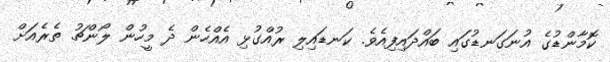
ކޮމާންޑުގެ އުނަގަނޑުގައި ބައްދައިފިއެވެ. ކަނޑައިލި ރުއްގުޅި އެއްހެން ދެ މީހުން ލޯންޗު ތެރެއަށް